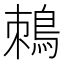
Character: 𪀜